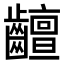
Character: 𪙵